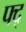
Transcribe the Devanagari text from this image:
फ्द्